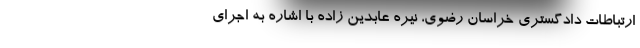
ارتباطات دادگستری خراسان رضوی، نیره عابدین زاده با اشاره به اجرای